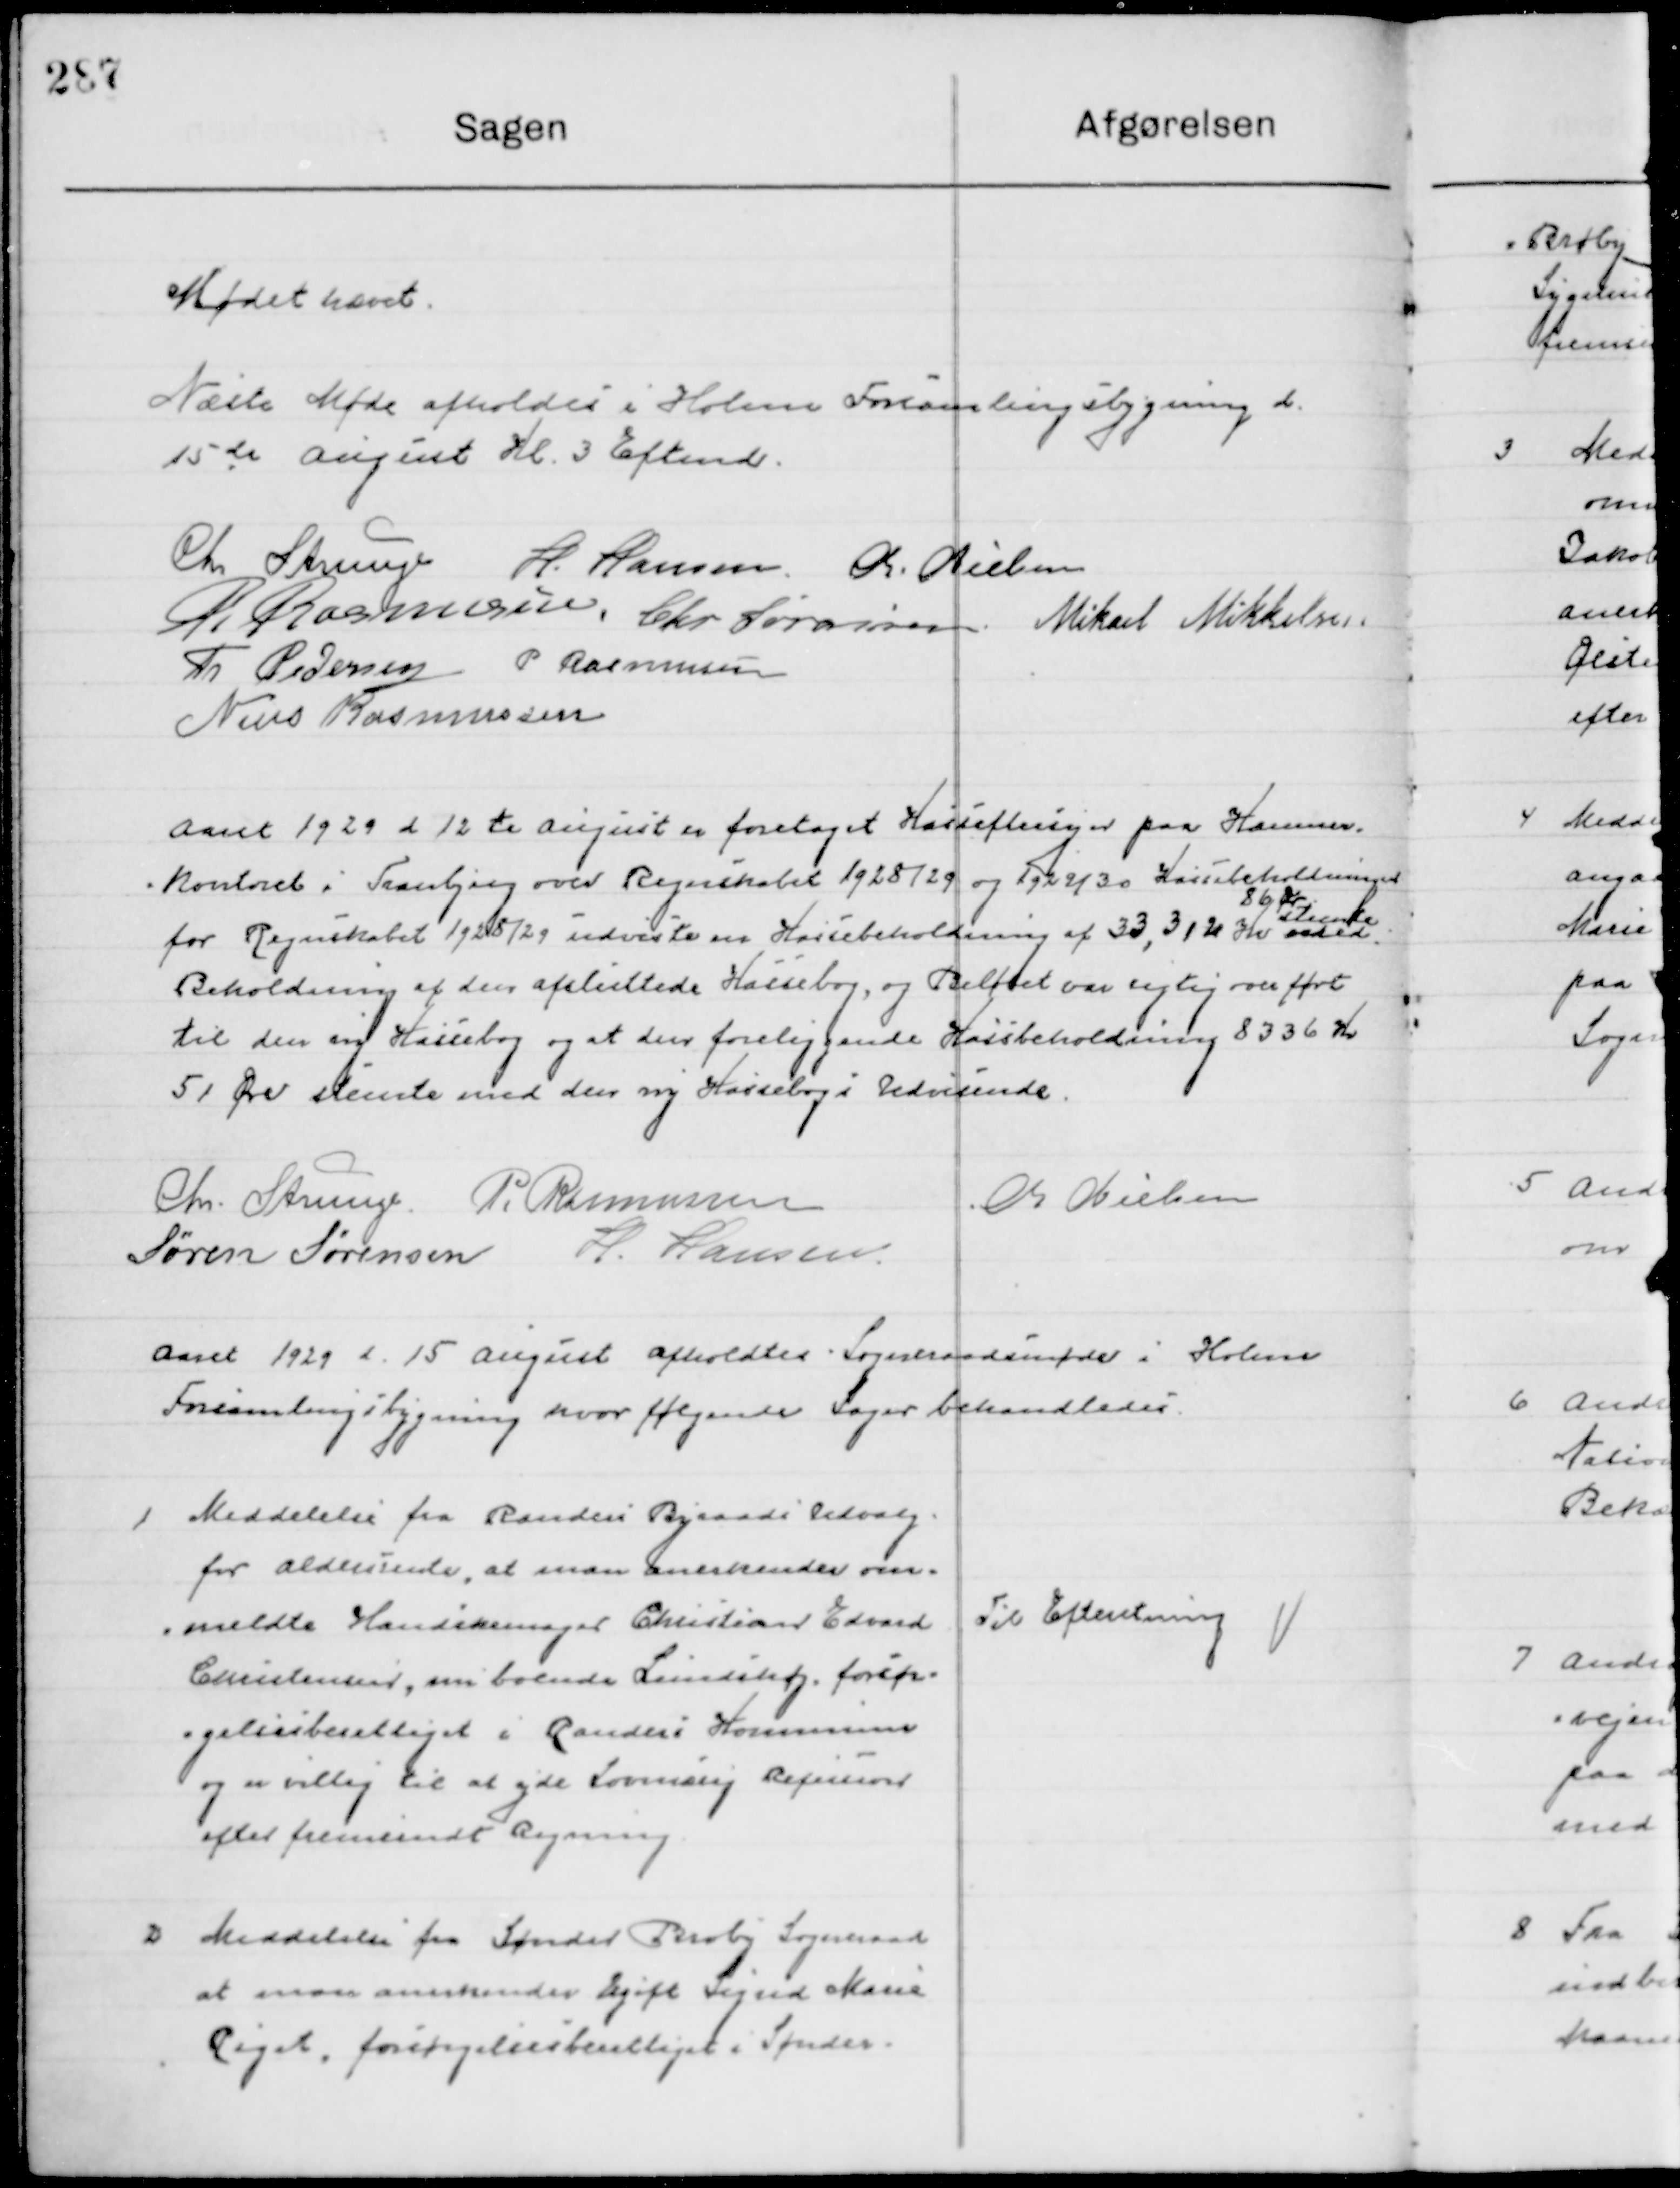
Transskription:
Mødet hævet
Næste Møde afholdes i Holme Forsamlingsbygning d.
15de August Kl. 3 Efmd.

Chr. Strunge
H. Hansen
K. Nielsen
R. Rasmussen
Chr. Sørensen
Mikael Mikkelsen
Th. Pedersen
P. Rasmussen
Niels Rasmussen

Aaret 1929 d. 12de August er foretaget Kasse eftersyn paa Kammer
Kontoret i Tranbjerg over Regentskabet 1928/29 og 1929/30 Kassebeholdningens
for Regentskabet 1928/29 udviste en Kassebeholdning af 33,312 Kr. 
86 Øre 
stemte
med
Beholdningen af den afsluttede Kassebog, og Beløbet var rigtig overført
til den ny Kassebog og at den foreliggende Kassebeholdning 8336 Kr.
51 Øre stemte med den ny Kassebog i Udvisende

Chr. Strunge
P. Rasmussen
K. Nielsen
Søren Sørensen
H. Hansen

Aaret 1929 d. 15de August afholdtes Sogneraadsmøde i Holme
Forsamlingsbygning hvor følgende Sager behandledes.

1

Meddelelse fra Randers Byraads Udvalg
For aldersrente at man anerkender om-
Meldte Handskemager Christian Edvard
Christensens, som boende Lindehøj forsør-
gelsesberettiget i Randers Kommune
og er villig til at yde Lovmæssig refusion 
efter fremsendt Regning

Til Efterretning

2

Meddelelse fra Sønder Broby Sogneraad
at man anerkender Ugift Sigurd Maria
Riget forsørgelsesberettiget i Sønder-